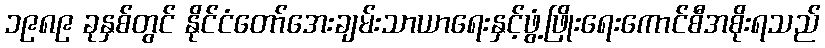
၁၉၈၉ ခုနှစ်တွင် နိုင်ငံတော်အေးချမ်းသာယာရေးနှင့်ဖွံ့ဖြိုးရေးကောင်စီအစိုးရသည်